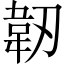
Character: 韌